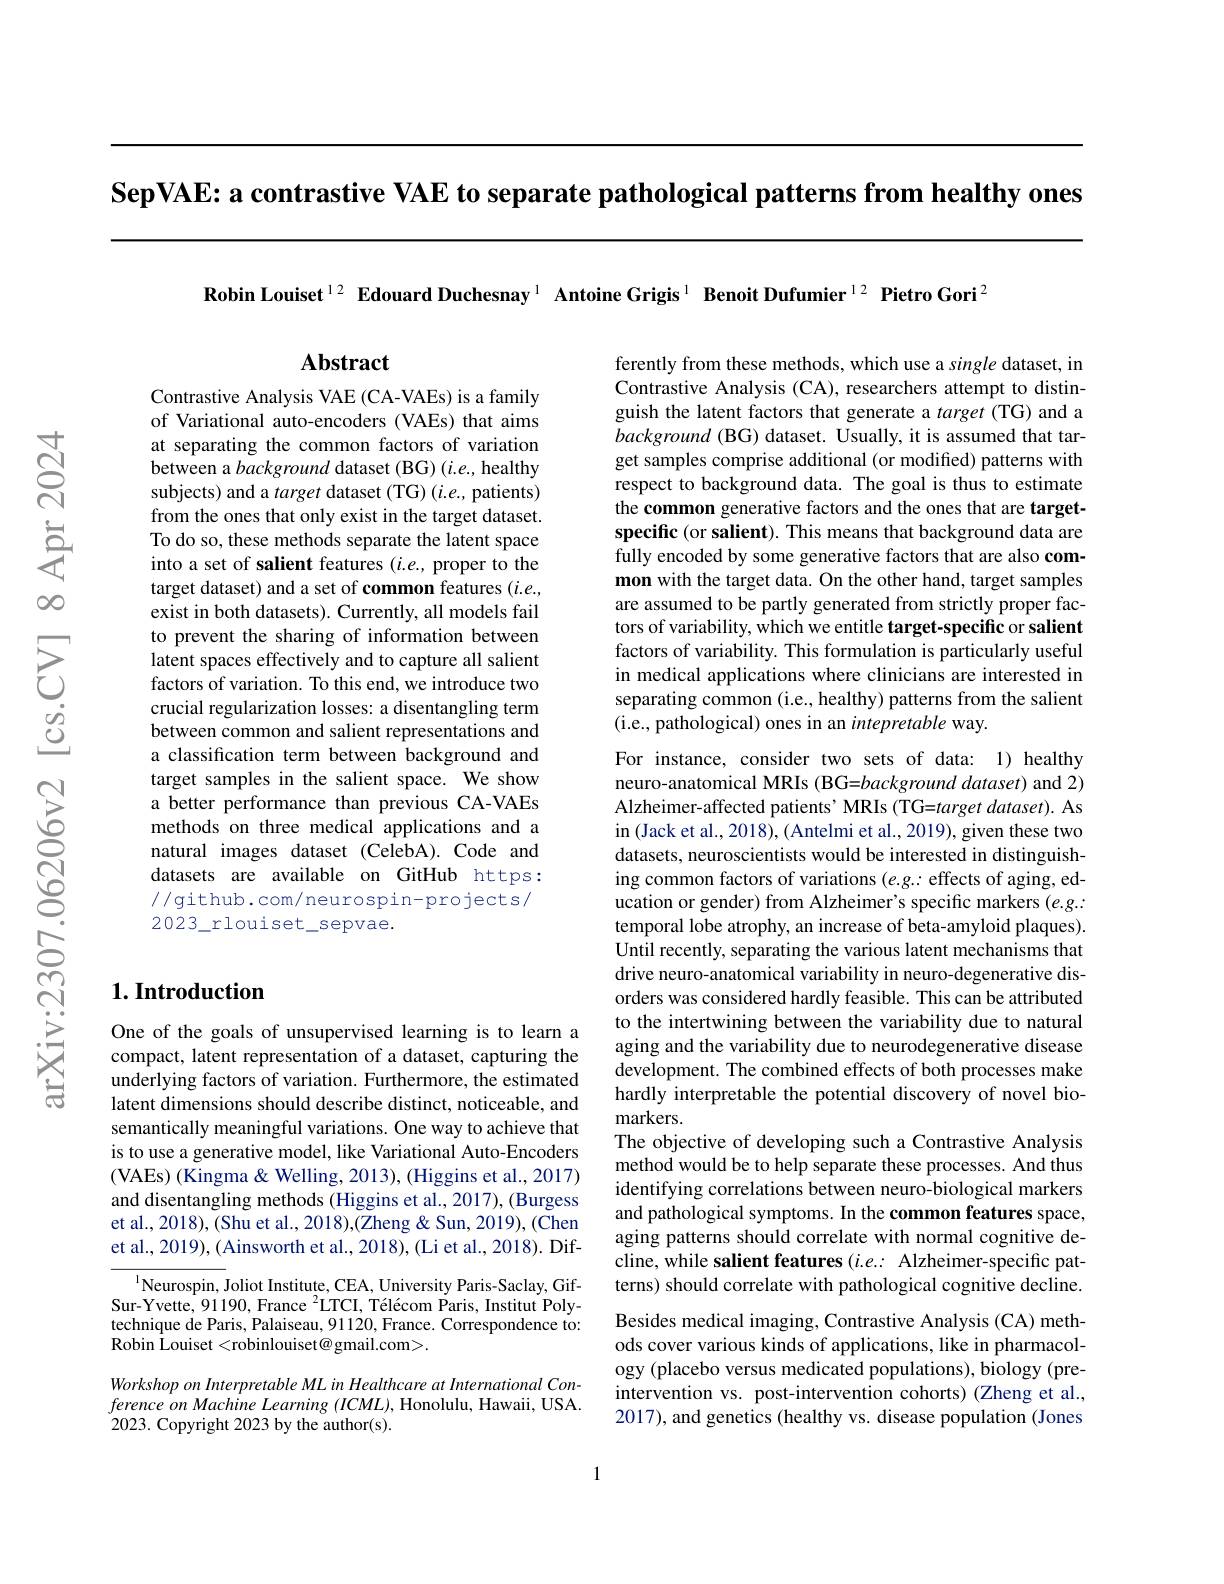
SepVAE: a contrastive VAE to separate pathological patterns from healthy ones

Robin Louiset$^12$ Edouard Duchesnay$^1$ Antoine Grigis$^1$ Benoit Dufumier$^{12}\textbf{PietroGori}^{2}$

$\mathbf{Abstract}$

Contrastive Analysis VAE (CA-VAEs) is a family of Variational auto-encoders (VAEs) that aims at separating the commonfactors of variation between a background dataset (BG) (i.e., healthy subjects) and a target dataset (TG) (i.e., patients) from the ones that only exist in the target dataset. To do so, these methods separate the latent space into a set of salient features $(i.e.$, proper to the target dataset) and a set of common features $(i.e.$, exist in both datasets). Currently, all models fail to prevent the sharing of information between latent spaces effectively and to capture all salient factors of variation. To this end, we introduce two crucial regularization losses: a disentangling term between common and salient representations and a classification term between background and target samples in the salient space. We show a better performance than previous CA-VAEs methods on three medical applications and a natural images dataset (CelebA). Code and datasets are available on GitHub https: //github.com/neurospin-projects/ $2023\_rlouiset\_sepvae.$

### $1. \textbf{Introduction}$

One of the goals of unsupervised learning is to learn a compact, latent representation of a dataset, capturing the underlying factors of variation. Furthermore, the estimated latent dimensions should describe distinct, noticeable, and semantically meaningful variations. One way to achieve that is to use a generative model, like Variational Auto-Encoders (VAEs) (Kingma& Welling, 2013), (Higgins et al., 2017) and disentangling methods (Higgins et al., 2017), (Burgess et al., 2018), (Shu et al., 2018),(Zheng & Sun, 2019), (Chen et al., 2019), (Ainsworth et al., 2018), (Li et al., 2018). Dif-

$^{1}$Neurospin, Joliot Institute, CEA, University Paris-Saclay, GifSur-Yvette, 91190, France $^2$LTCI, Télécom Paris, Institut Polytechnique de Paris, Palaiseau, 91120, France. Correspondence to: Robin Louiset <robinlouiset@gmail.com>.

Workshop on Interpretable ML in Healthcare at International Conference on Machine Learning (ICML), Honolulu, Hawaii, USA 2023. Copyright 2023 by the author(s).

ferently from these methods, which use a single dataset, in Contrastive Analysis (CA), researchers attempt to distinguish the latent factors that generate a target (TG) and a background (BG) dataset. Usually, it is assumed that target samples comprise additional (or modified) patterns with respect to background data. The goal is thus to estimate the common generative factors and the ones that are targetspecific (or salient). This means that background data are fully encoded by some generative factors that are also common with the target data. On the other hand, target samples are assumed to be partly generated from strictly proper factors of variability, which we entitle target-specific or salient factors of variability. This formulation is particularly useful in medical applications where clinicians are interested in separating common (i.e., healthy) patterns from the salient (i.e., pathological) ones in an intepretable way.

For instance, consider two sets of data: 1) healthy neuro-anatomical MRIs (BG=background dataset) and 2) Alzheimer-affected patients' MRIs (TG=target dataset). As in (Jack et al., 2018), (Antelmi et al., 2019), given these two datasets, neuroscientists would be interested in distinguishing common factors of variations $(e.g..:$ effects of aging, education or gender) from Alzheimer's specific markers $(e.g.:$ temporal lobe atrophy, an increase of beta-amyloid plaques). Until recently, separating the various latent mechanisms that drive neuro-anatomical variability in neuro-degenerative disorders was considered hardly feasible. This can be attributed to the intertwining between the variability due to natural aging and the variability due to neurodegenerative disease development. The combined effects of both processes make hardly interpretable the potential discovery of novel biomarkers.
The objective of developing such a Contrastive Analysis method would be to help separate these processes. And thus identifying correlations between neuro-biological markers and pathological symptoms. In the common features space, aging patterns should correlate with normal cognitive decline, while salient features $(i.e.:$ Alzheimer-specific patterns) should correlate with pathological cognitive decline. Besides medical imaging, Contrastive Analysis (CA) methods cover various kinds of applications, like in pharmacology (placebo versus medicated populations), biology (preintervention vs. post-intervention cohorts)(Zheng et al. 2017), and genetics (healthy vs. disease population (Jones

1